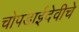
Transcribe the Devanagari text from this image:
चोपडाईदेवीचे